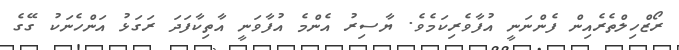
ރޯޒްހިލްތެރެއިން ފެންނަނީ އުފާވެރިކަމެވެ. ޔާސިރު އެންމެ އުފާވަނީ އާތިކާފަދަ ރަގަޅު އަންހެނަކު ގޭގެ